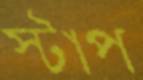
স্টাপ